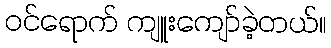
ဝင်ရောက် ကျူးကျော်ခဲ့တယ်။